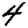
Digit: 4